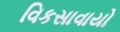
વિકસાવાયો